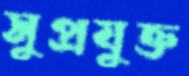
সুপ্রযুক্ত